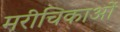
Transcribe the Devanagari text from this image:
मरीचिकाओं